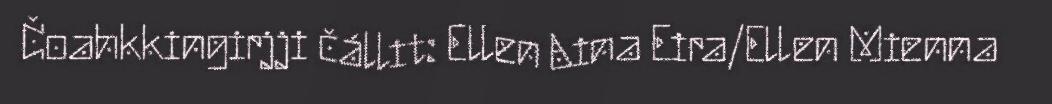
Čoahkkingirjji čállit: Ellen Aina Eira/Ellen Mienna